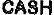
CASH